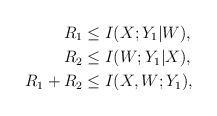
LaTeX: \begin{align*} R_1 &\le I(X;Y_1|W),\\ R_2 &\le I(W;Y_1|X),\\ R_1 + R_2 &\le I(X,W;Y_1), \end{align*}